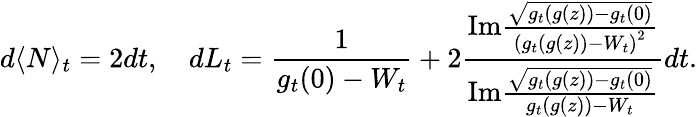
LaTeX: d\langle N\rangle_{t}=2dt,\quad dL_{t}=\frac{1}{g_{t}(0)-W_{t}}+2\frac{\mathrm{Im}\frac{\sqrt{g_{t}(g(z))-g_{t}(0)}}{\left(g_{t}(g(z))-W_{t}\right)^{2}}}{\mathrm{Im}\frac{\sqrt{g_{t}(g(z))-g_{t}(0)}}{g_{t}(g(z))-W_{t}}}dt.